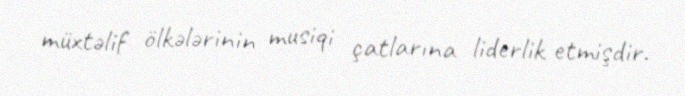
müxtəlif ölkələrinin musiqi çatlarına liderlik etmişdir.